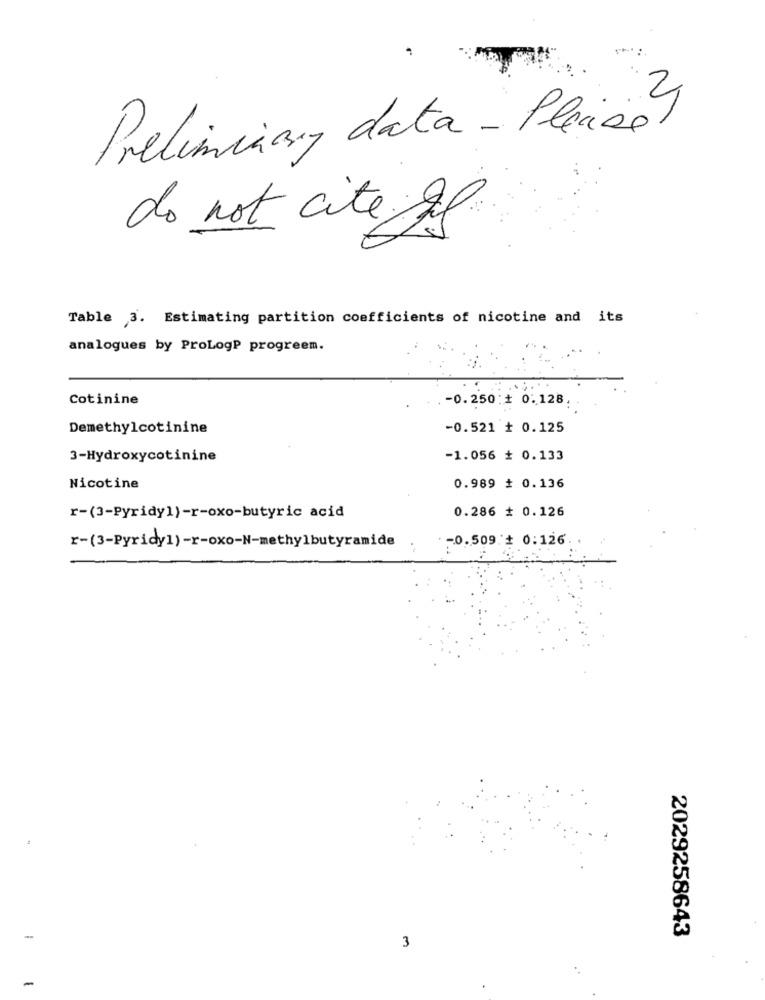
Preliminary data - Placaol
do not cite gf
Table 3. Estimating partition coefficients of nicotine and its
analogues by ProLogP progreem.
Cotinine
-0.250 + 0.128;
Demethylcotinine
-0.521 + 0.125
3-Hydroxycotinine
-1.056 + 0.133
Nicotine
0.989 # 0.136
0.286 # 0.126
r-(3-Pyridy1)-r-oxo-butyric acid
-0.509 # 0:126.
r-(3-Pyridy1) -r-oxo-N-methylbutyramide
2029258643
3
-